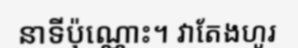
នាទីប៉ុណ្ណោះ។ វាតែងហូរ